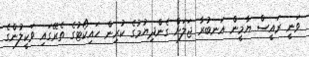
ވަނީ ރައީސް ޔާމީން އަނބުރާ ޖަލަށް ގެންދިޔުމުގެ ކުރިން ހައިކޯޓުގެ ތެރޭގައި ވަކީލުންގެ